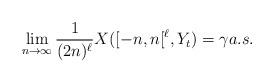
LaTeX: \begin{align*}\lim_{n\to \infty} \frac{1}{(2n)^\ell } X([-n,n[^\ell ,Y_t) =\gamma a.s.\end{align*}